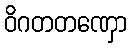
ဝိဂတတဏှော